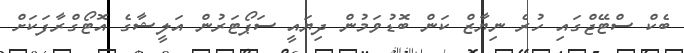
ބެކް ސްޓޭޖްގައި ހުރެ ނިޔާޒް ކަން ބޮޑުވަމުން ދިޔައީ ސަޕޯޓަރުން އަލީޝާގެ އޮޓޯގްރާފަކަށް